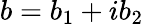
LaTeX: b=b_{1}+ib_{2}